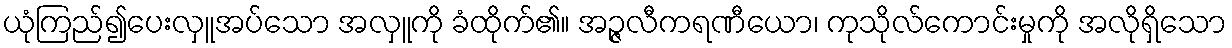
ယုံကြည်၍ပေးလှူအပ်သော အလှူကို ခံထိုက်၏။ အဉ္ဇလီကရဏီယော၊ ကုသိုလ်ကောင်းမှုကို အလိုရှိသော